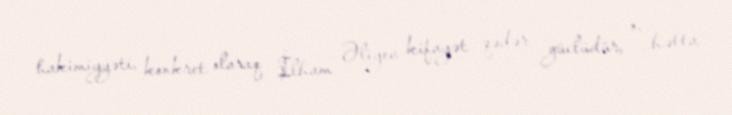
hakimiyyəti, konkret olaraq İlham Əliyev kifayət qədər güclüdür, o, hətta